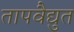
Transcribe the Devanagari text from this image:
तापवैद्युत